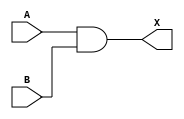
module sky130_fd_sc_hd__and2 (
    X,
    A,
    B
);
    output X;
    input  A;
    input  B;
    wire and0_out_X;
    and and0 (and0_out_X, A, B           );
    buf buf0 (X         , and0_out_X     );
endmodule